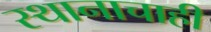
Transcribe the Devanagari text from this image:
स्थानाचाही